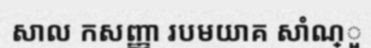
សាល កសញ្ញា របមយាគ សាំណ្ួ